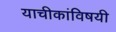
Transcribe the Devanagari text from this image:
याचीकांविषयी